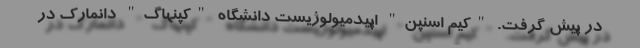
در پیش گرفت. "کیم اسنپن" اِپیدمیولوژیست دانشگاه "کپنهاگ" دانمارک در